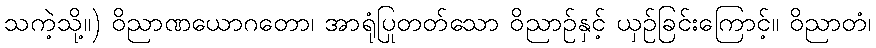
သကဲ့သို့။) ဝိညာဏယောဂတော၊ အာရုံပြုတတ်သော ဝိညာဉ်နှင့် ယှဉ်ခြင်းကြောင့်။ ဝိညာတံ၊